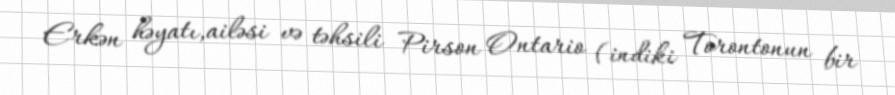
Erkən həyatı,ailəsi və təhsili Pirson Ontario (indiki Torontonun bir